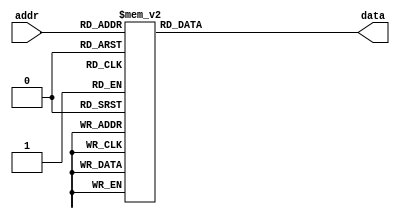
module rom( addr, data );
input [3:0]  addr;
output [7:0] data;

function [7:0] romout;
input [3:0] addr;
  case ( addr )
     4'd0 : romout = 8'd0;
     4'd1 : romout = 8'd1;
     4'd2 : romout = 8'd4;
     4'd3 : romout = 8'd9;
     4'd4 : romout = 8'd16;
     4'd5 : romout = 8'd25;
     4'd6 : romout = 8'd36;
     4'd7 : romout = 8'd49;
     4'd8 : romout = 8'd64;
     4'd9 : romout = 8'd81;
     4'd10: romout = 8'd100;
     4'd11: romout = 8'd121;
     4'd12: romout = 8'd144;
     4'd13: romout = 8'd169;
     4'd14: romout = 8'd196;
     4'd15: romout = 8'd225;
   default: romout = 8'hxx;
   endcase
endfunction

assign data = romout( addr );

endmodule